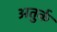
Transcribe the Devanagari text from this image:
अतुर्क